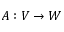
A : V \to W